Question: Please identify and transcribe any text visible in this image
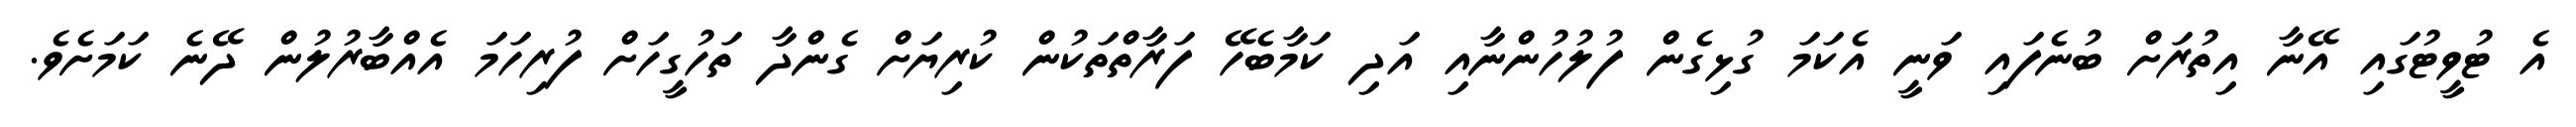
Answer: އެ ޓުވީޓުގައި އޭނާ އިތުރަށް ބުނެފައި ވަނީ އެކަމަ ގުޅިގެން ފުލުހުންނާއި އަދި ކަމާބެހޭ ފަރާތްތަކުން ކުރިޔަށް ގެންދާ ތަހުގީހަށް ފުރިހަމަ އެއްބާރުލުން ދޭނެ ކަމަށެވެ.